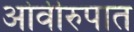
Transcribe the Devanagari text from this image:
ओवीरुपात